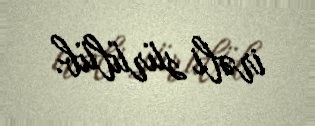
irəli sürülüb.